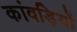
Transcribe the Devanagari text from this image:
कांवड़ियों